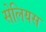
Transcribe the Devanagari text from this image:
सेलियस